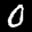
Label: 0